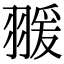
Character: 𦑛